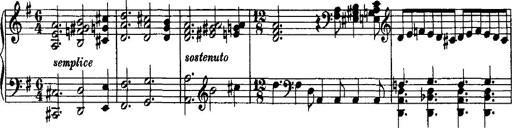
Title: Rondo di bravura
Composer: Franz Liszt